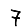
Digit: 7